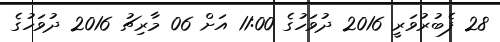
28 ފެބުރުވަރީ 2016 ދުވަހުގެ 11:00 އަށް 06 މާރިޗު 2016 ދުވަހުގެ